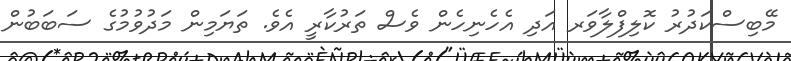
މޭބިސްކަދުރު ކޮލިފްލާވަރ އަދި އެހެނިހެން ވެސް ތަރުކާރީ އެވެ. ތަޔަމިން މަދުވުމުގެ ސަބަބުން